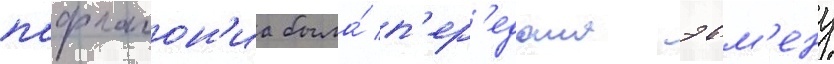
пафлагон'иа была́ п'ер'едана эвм'ену